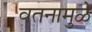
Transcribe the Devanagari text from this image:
वतनामुळे